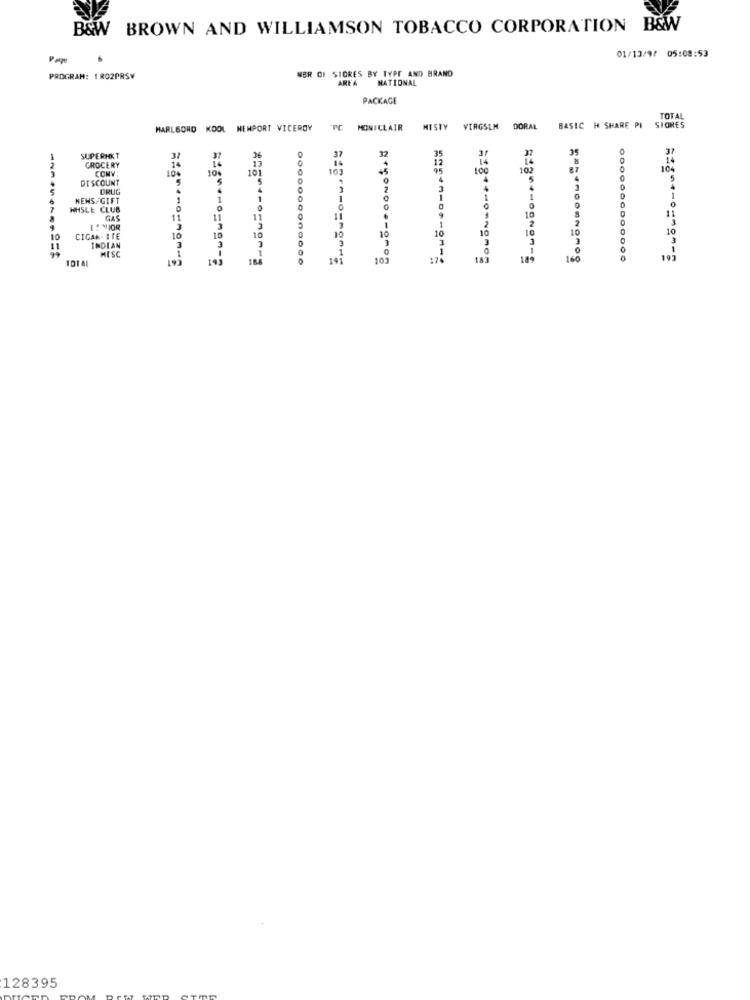
B&W BROWN AND WILLIAMSON TOBACCO CORPORATION B&W
01/13/9/ 05:08:53
MBR OF STORES BY TYPE AND BRAND
PROGRAM: 1 802PRSV
AREA
NATIONAL
PACKAGE
TOTAL
MARLBORO KOOL NEWPORT VICEROY
MONICLAIR
MISTY VIRGSLM DORAL
BASIC H SHARE PI
SIONES
37
37
SUPERHKT
17
37
32
14
GROCERY
CONY
10%
14
10€
101
10
100
104
DISCOUNT
5
4
4
NEWS/GIFT
1
1
0
WHSLE CLUB
..
11
11
11
11
6
10
I : MIOR
10
10
10
10
10
CICAK- ITE
10
10
3
INDIAN
MISC
193
184
0000000000000
14
103
174
160
==== noomNomog
197
128395